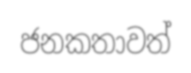
ජනකතාවත්